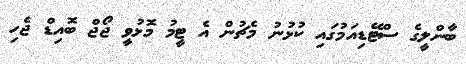
ބާންލީގެ ސްޓޭޑިއަމުގައި ކުޅުނު މެޗުން އެ ޓީމު މޮޅުވީ ޖޯޖް ބޮއިޑް ޖެހި